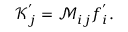
\mathcal { K } _ { j } ^ { ' } = \mathcal { M } _ { i j } f _ { i } ^ { ' } .